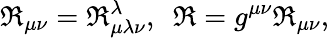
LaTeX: \Re_{\mu\nu}=\Re_{\mu\lambda\nu}^{\lambda},\ \ \Re=g^{\mu\nu}\Re_{\mu\nu},